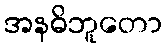
အနဓိဘူတော